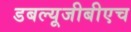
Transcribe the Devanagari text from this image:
डबल्यूजीबीएच